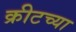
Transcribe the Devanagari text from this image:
क्रीटच्या